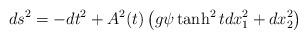
LaTeX: \begin{align*}ds^{2} = -dt^{2} + A^{2}(t)\left ( g\psi\tanh^{2} t dx_{1}^{2} + dx_{2}^{2}\right )\end{align*}